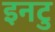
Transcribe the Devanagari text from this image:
इनटु